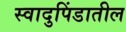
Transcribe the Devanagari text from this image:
स्वादुपिंडातील